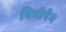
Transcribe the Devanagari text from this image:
विनीपेग